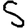
Digit: 5